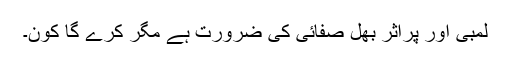
لمبی اور پراثر بھل صفائی کی ضرورت ہے مگر کرے گا کون۔